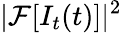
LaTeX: |\mathcal{F}[I_{t}(t)]|^{2}